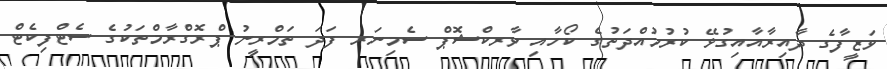
ވަޒީފާގެ ދާއިރާއާއިގުޅޭ ކުރުމުއްދަތުގެ ކޯހާއި ވާރކްޝޮޕް ސެމިނަރ ފަދަ ތަމްރީނު ޕްރޮގްރާމްތަކުގެ ސެޓްފިކެޓް